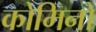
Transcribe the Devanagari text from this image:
कोमिनो